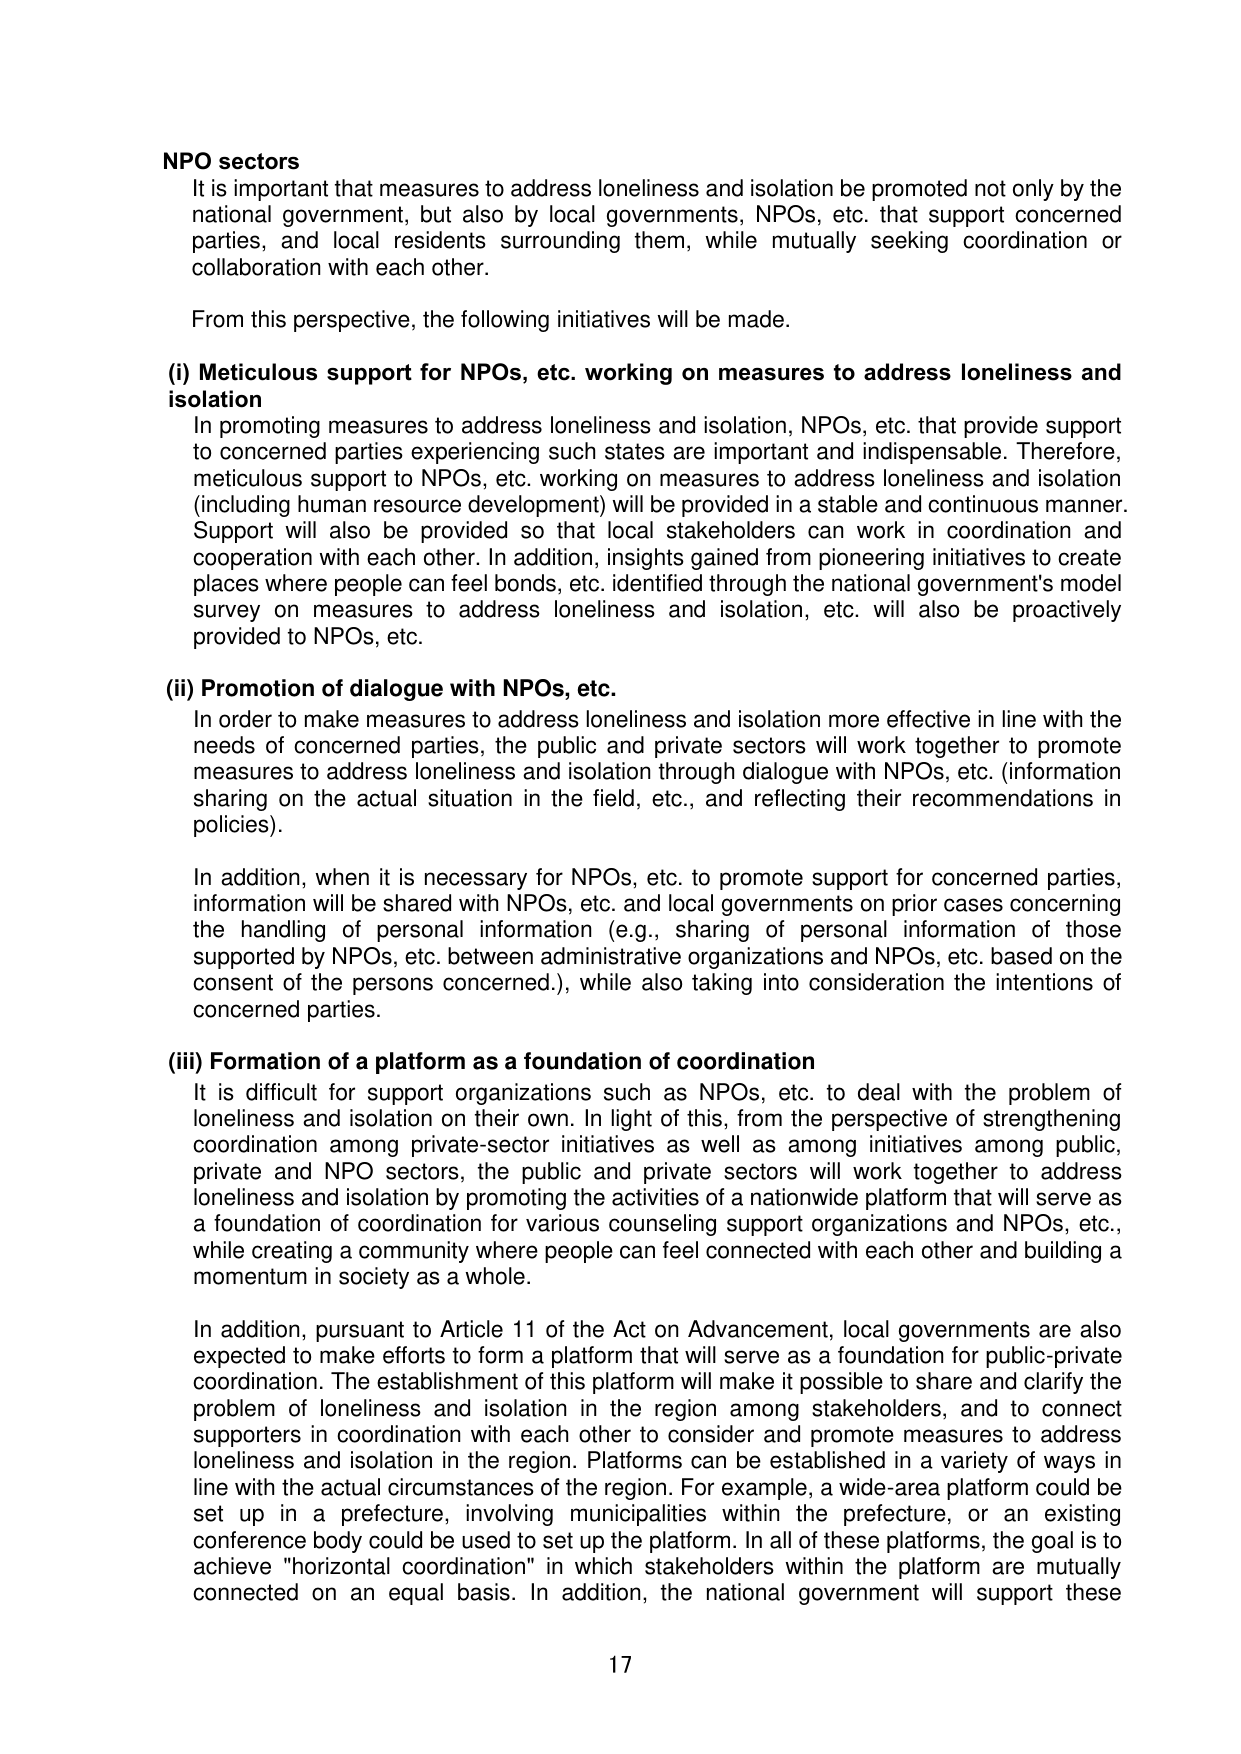
NPO sectors
It is important that measures to address loneliness and isolation be promoted not only by the national government, but also by local governments, NPOs, etc. that support concerned parties, and local residents surrounding them, while mutually seeking coordination or collaboration with each other.

From this perspective, the following initiatives will be made.

(i) Meticulous support for NPOs, etc. working on measures to address loneliness and isolation
In promoting measures to address loneliness and isolation, NPOs, etc. that provide support to concerned parties experiencing such states are important and indispensable. Therefore, meticulous support to NPOs, etc. working on measures to address loneliness and isolation (including human resource development) will be provided in a stable and continuous manner. Support will also be provided so that local stakeholders can work in coordination and cooperation with each other. In addition, insights gained from pioneering initiatives to create places where people can feel bonds, etc. identified through the national government's model survey on measures to address loneliness and isolation, etc. will also be proactively provided to NPOs, etc.

(ii) Promotion of dialogue with NPOs, etc.
In order to make measures to address loneliness and isolation more effective in line with the needs of concerned parties, the public and private sectors will work together to promote measures to address loneliness and isolation through dialogue with NPOs, etc. (information sharing on the actual situation in the field, etc., and reflecting their recommendations in policies).

In addition, when it is necessary for NPOs, etc. to promote support for concerned parties, information will be shared with NPOs, etc. and local governments on prior cases concerning the handling of personal information (e.g., sharing of personal information of those supported by NPOs, etc. between administrative organizations and NPOs, etc. based on the consent of the persons concerned.), while also taking into consideration the intentions of concerned parties.

(iii) Formation of a platform as a foundation of coordination
It is difficult for support organizations such as NPOs, etc. to deal with the problem of loneliness and isolation on their own. In light of this, from the perspective of strengthening coordination among private-sector initiatives as well as among initiatives among public, private and NPO sectors, the public and private sectors will work together to address loneliness and isolation by promoting the activities of a nationwide platform that will serve as a foundation of coordination for various counseling support organizations and NPOs, etc., while creating a community where people can feel connected with each other and building a momentum in society as a whole.

In addition, pursuant to Article 11 of the Act on Advancement, local governments are also expected to make efforts to form a platform that will serve as a foundation for public-private coordination. The establishment of this platform will make it possible to share and clarify the problem of loneliness and isolation in the region among stakeholders, and to connect supporters in coordination with each other to consider and promote measures to address loneliness and isolation in the region. Platforms can be established in a variety of ways in line with the actual circumstances of the region. For example, a wide-area platform could be set up in a prefecture, involving municipalities within the prefecture, or an existing conference body could be used to set up the platform. In all of these platforms, the goal is to achieve "horizontal coordination" in which stakeholders within the platform are mutually connected on an equal basis. In addition, the national government will support these

17